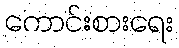
ကောင်းစားရေး